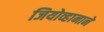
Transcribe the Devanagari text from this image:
जियोव्हानाने